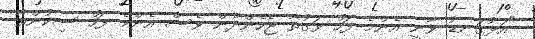
"އަޅުގަނޑު ވާނީ އެންމެ ފަހު ވަގުތާ ޖެހެންދެން ވެސް އެންމެ ފަހު ސިކުންތާ